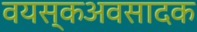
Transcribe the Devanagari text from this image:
वयस्कअवसादक